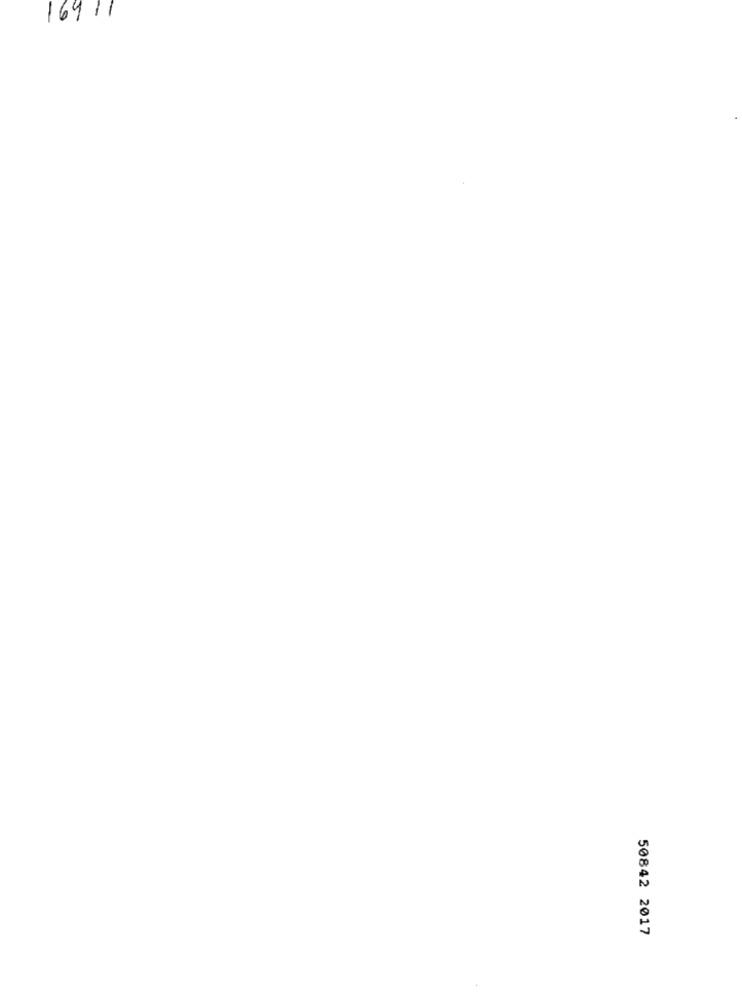
16911
50842 2017